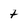
Character: t